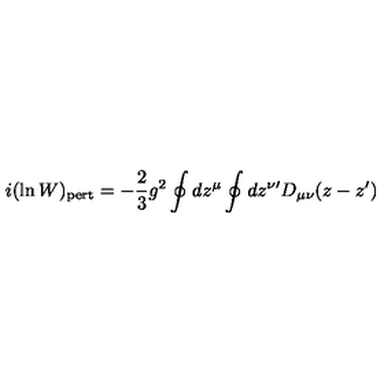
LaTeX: i ( \ln W ) _ { \mathrm { p e r t } } = - { \frac { 2 } { 3 } } g ^ { 2 } \oint d z ^ { \mu } \oint d z ^ { \nu \prime } D _ { \mu \nu } ( z - z ^ { \prime } )